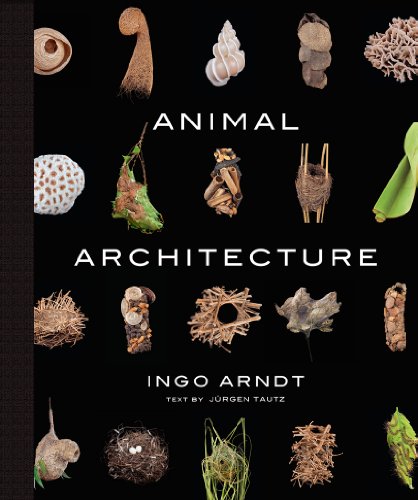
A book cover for Animal Architecture; Ingo Arndt; Arts & Photography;